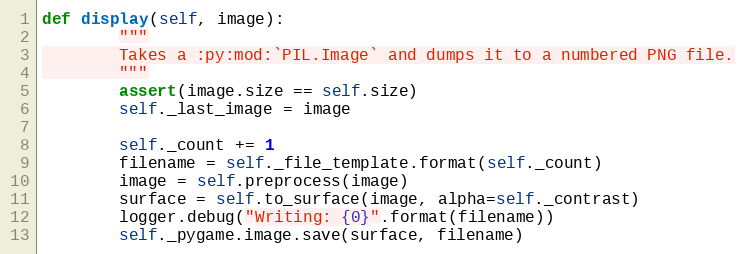
Language: Python
def display(self, image):
        """
        Takes a :py:mod:`PIL.Image` and dumps it to a numbered PNG file.
        """
        assert(image.size == self.size)
        self._last_image = image

        self._count += 1
        filename = self._file_template.format(self._count)
        image = self.preprocess(image)
        surface = self.to_surface(image, alpha=self._contrast)
        logger.debug("Writing: {0}".format(filename))
        self._pygame.image.save(surface, filename)